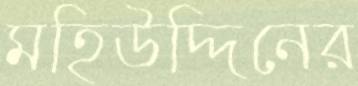
মহিউদ্দিনের